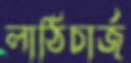
লাঠিচার্জ